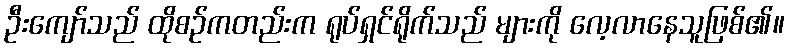
ဦးကျော်သည် ထိုစဉ်ကတည်းက ရုပ်ရှင်ရိုက်သည် များကို လေ့လာနေသူဖြစ်၏။